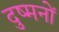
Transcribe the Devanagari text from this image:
दुष्मनों